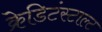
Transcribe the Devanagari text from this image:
क्रेडिटंस्टाल्ट